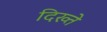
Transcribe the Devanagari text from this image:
दिख्ते